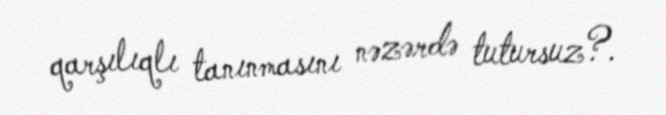
qarşılıqlı tanınmasını nəzərdə tutursuz?.